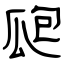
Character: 瓟